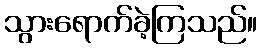
သွားရောက်ခဲ့ကြသည်။